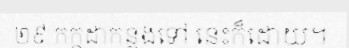
២៩ កក្កដាកន្លងទៅ នេះក៏ដោយ។